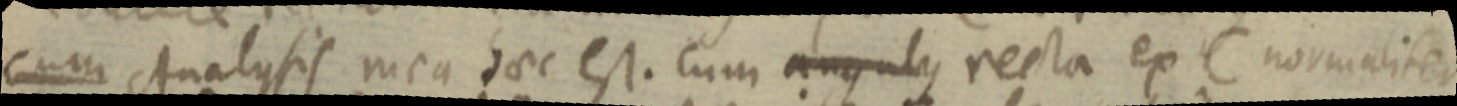
cum Analysis mea haec est. Cum angulus recta ex C normaliter